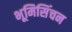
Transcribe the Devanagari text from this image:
भूमिसिंचन